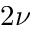
2 \nu